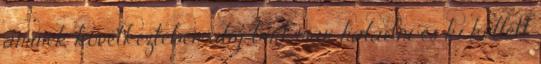
aminek következtében alig bírt már haladni és ki kellett